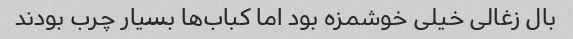
بال زغالی خیلی خوشمزه بود اما کباب‌ها بسیار چرب بودند